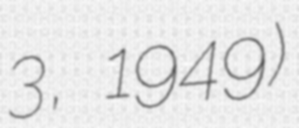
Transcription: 3, 1949)